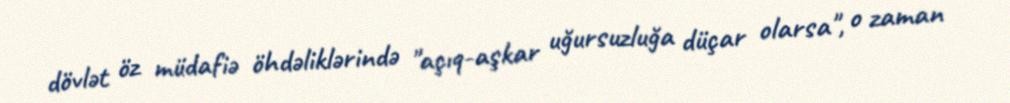
dövlət öz müdafiə öhdəliklərində "açıq-aşkar uğursuzluğa düçar olarsa", o zaman